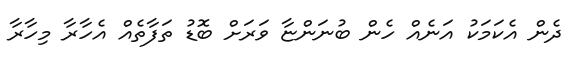
ދެން އެކަމަކު އަނެއް ހެން ބުނަންޏާ ވަރަށް ބޮޑު ތަފާތެއް އެހާރާ މިހާރާ